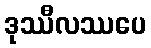
ဒုဿီလဿပေ